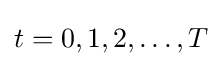
t=0,1,2,\ldots ,T